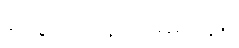
တွေဝေနေလို့ မရဘူး။